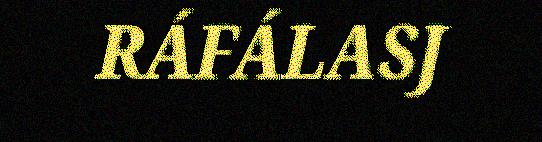
RÁFÁLASJ